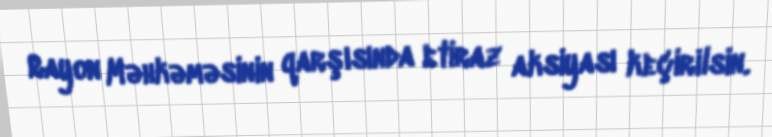
Rayon Məhkəməsinin qarşısında etiraz aksiyası keçirilsin.